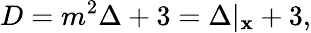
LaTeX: D=m^{2}\Delta+3=\Delta\vert_{\mathbf{x}}+3,